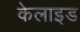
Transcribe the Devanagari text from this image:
केलाइड